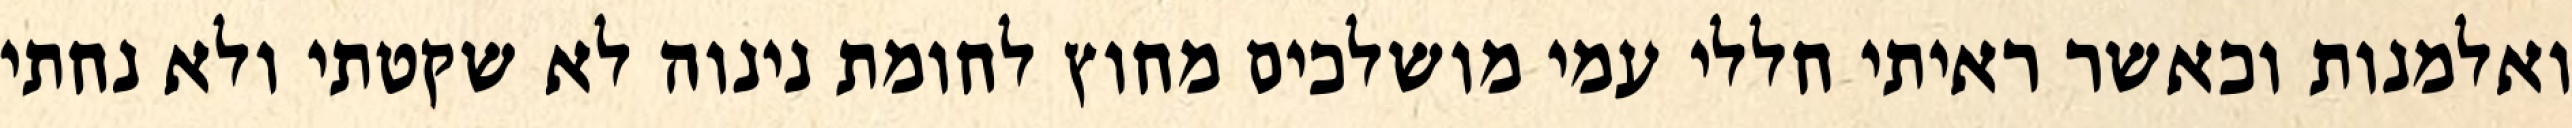
ואלמנות וכאשר ראיתי חללי עמי מושלכים מחוץ לחומת נינוה לא שקטתי ולא נחתי